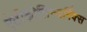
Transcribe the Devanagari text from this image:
एंटीकोलिन्जर्गिक्स